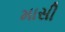
માસી